Structure of Hæmatopota pluvialis (Meigen) - Number 55
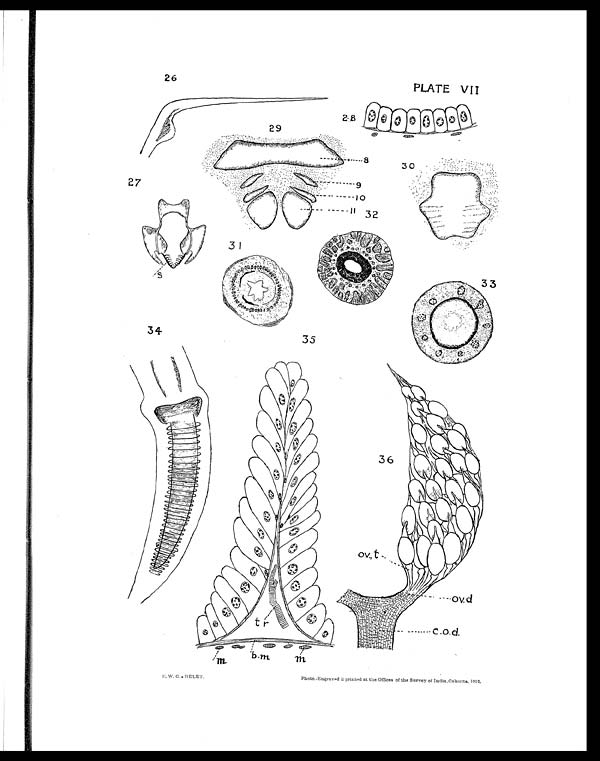
PLATE VII
F. W. C.- DELET.
Photo.-Engraved & printed at the Offices of the Survey of India, Calcutta, 1912.